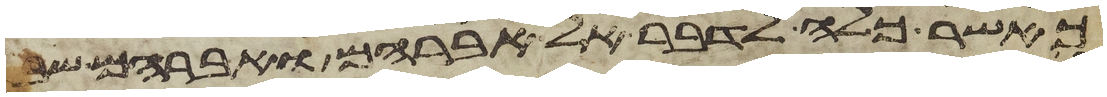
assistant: כאשר כלה לדבר אל אברהם ואברהם שב